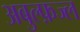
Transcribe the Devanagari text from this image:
अबुल्फ़ज्ल